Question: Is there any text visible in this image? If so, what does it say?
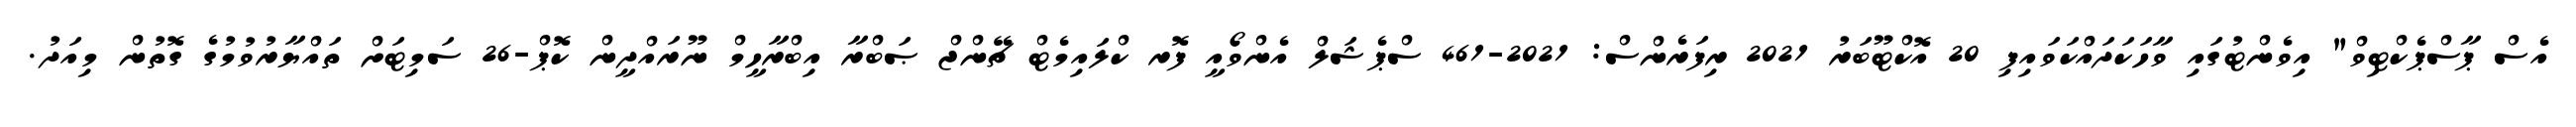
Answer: އެސް ޕާސްޕެކްޓިވް" އިވެންޓުގައި ވާހަކަދައްކަވައިފި 20 އޮކްޓޫބަރު 2021 ރިފަރެންސް: 2021-461 ސްޕެޝަލް އެންވޯއީ ފޮރ ކްލައިމެޓް ޗޭންޖް ޞަބްރާ އިބްރާހީމް ނޫރައްދީން ކޮޕް-26 ސަމިޓަށް ތައްޔާރުވުމުގެ ގޮތުން މިއަދު.